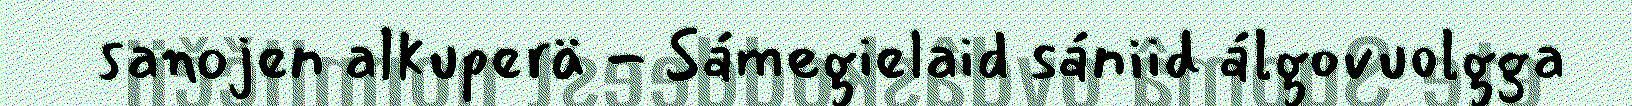
sanojen alkuperä - Sámegielaid sániid álgovuolgga